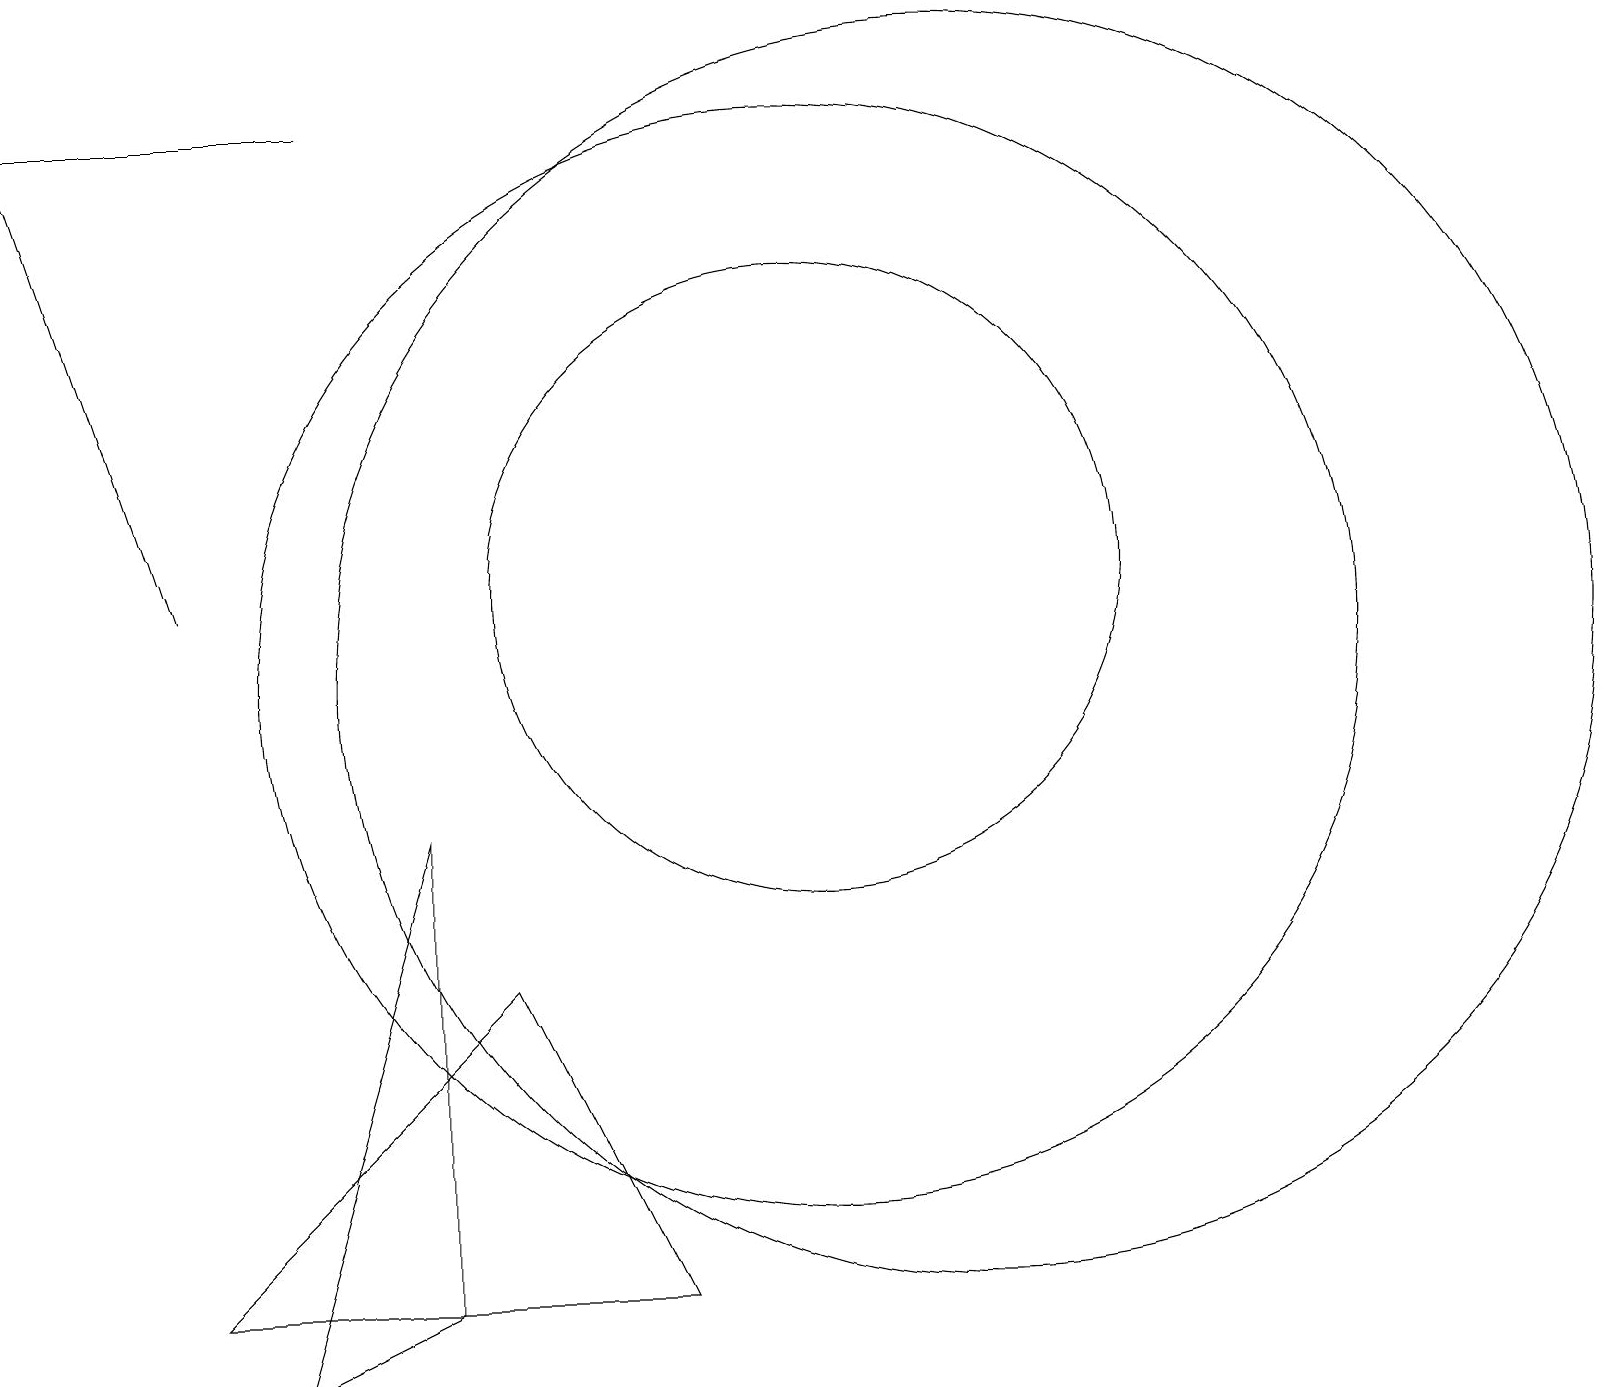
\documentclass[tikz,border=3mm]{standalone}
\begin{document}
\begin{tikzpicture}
\draw (6,6) -- (8,2) -- (2,2) -- cycle;
\draw (3,1) -- (5,2) -- (5,8) -- cycle;
\draw (4,17) rectangle (0,17);
\draw (10,11) circle (4);
\draw[->] (2,11) -- (0,17);
\draw (12,10) circle (8);
\draw (10,10) circle (7);
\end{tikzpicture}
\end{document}